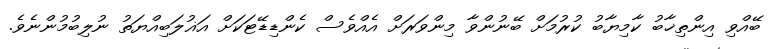
ބޭއްވި އިންތިޚާބު ކާމިޔާބު ކުރުމަށް ބޭނުންވާ މިންވަރަށް އެއްވެސް ކެންޑިޑޭޓަކަށް އަޣުލަބިއްޔަތު ނުލިބުމުންނެވެ.